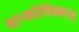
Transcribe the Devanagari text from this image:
मान्कोयिक्कल्